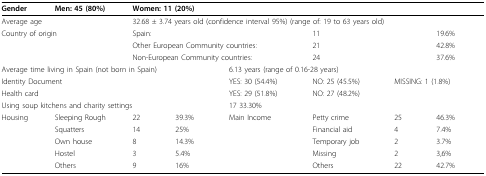
<table><thead><tr><td><b>Gender</b></td><td><b>Men: 45 (80%)</b></td><td colspan="6"><b>Women: 11 (20%)</b></td></tr></thead><tbody><tr><td colspan="2">Average age</td><td colspan="6">32.68 ± 3.74 years old (confidence interval 95%) (range of: 19 to 63 years old)</td></tr><tr><td colspan="2">Country of origin</td><td colspan="3">Spain:</td><td colspan="2">11</td><td>19.6%</td></tr><tr><td></td><td></td><td colspan="3">Other European Community countries:</td><td colspan="2">21</td><td>42.8%</td></tr><tr><td></td><td></td><td colspan="3">Non-European Community countries:</td><td colspan="2">24</td><td>37.6%</td></tr><tr><td colspan="4">Average time living in Spain (not born in Spain)</td><td colspan="4">6.13 years (range of 0.16-28 years)</td></tr><tr><td colspan="4">Identity Document</td><td>YES: 30 (54.4%)</td><td>NO: 25 (45.5%)</td><td colspan="2">MISSING: 1 (1.8%)</td></tr><tr><td colspan="4">Health card</td><td>YES: 29 (51.8%)</td><td>NO: 27 (48.2%)</td><td colspan="2"></td></tr><tr><td colspan="4">Using soup kitchens and charity settings</td><td colspan="4">17 33.30%</td></tr><tr><td>Housing</td><td>Sleeping Rough</td><td>22</td><td>39.3%</td><td>Main Income</td><td>Petty crime</td><td>25</td><td>46.3%</td></tr><tr><td></td><td>Squatters</td><td>14</td><td>25%</td><td></td><td>Financial aid</td><td>4</td><td>7.4%</td></tr><tr><td></td><td>Own house</td><td>8</td><td>14.3%</td><td></td><td>Temporary job</td><td>2</td><td>3.7%</td></tr><tr><td></td><td>Hostel</td><td>3</td><td>5.4%</td><td></td><td>Missing</td><td>2</td><td>3,6%</td></tr><tr><td></td><td>Others</td><td>9</td><td>16%</td><td></td><td>Others</td><td>22</td><td>42.7%</td></tr></tbody></table>